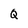
Character: Q